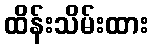
ထိန်းသိမ်းထား